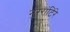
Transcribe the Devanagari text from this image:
नुररांटिंरे